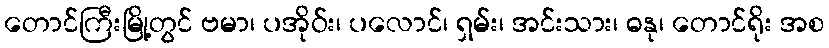
တောင်ကြီးမြို့တွင် ဗမာ၊ ပအိုဝ်း၊ ပလောင်၊ ရှမ်း၊ အင်းသား၊ ဓနု၊ တောင်ရိုး အစ